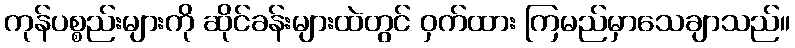
ကုန်ပစ္စည်းများကို ဆိုင်ခန်းများထဲတွင် ဝှက်ထား ကြမည်မှာသေချာသည်။